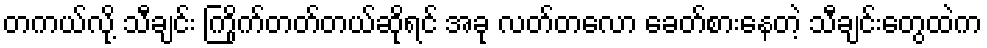
တကယ်လို့ သီချင်း ကြိုက်တတ်တယ်ဆိုရင် အခု လတ်တလော ခေတ်စားနေတဲ့ သီချင်းတွေထဲက